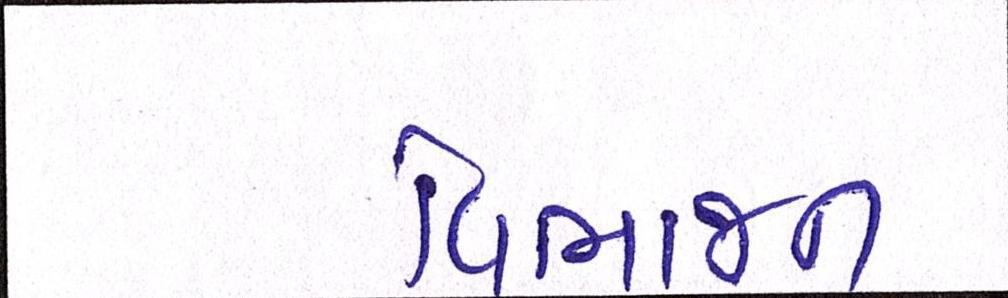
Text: વિભાજન